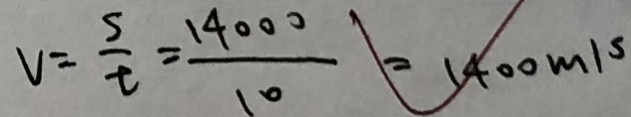
v = \frac { s } { t } = \frac { 1 4 0 0 0 } { 1 0 } = 1 4 0 0 m / s